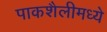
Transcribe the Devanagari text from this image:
पाकशैलीमध्ये